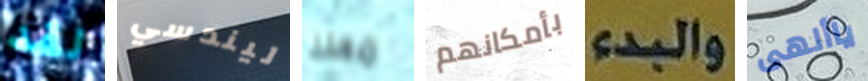
لقد ليندسي معك بأمكانهم والبدء ياألهى